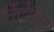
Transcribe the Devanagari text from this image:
र्निदेशित